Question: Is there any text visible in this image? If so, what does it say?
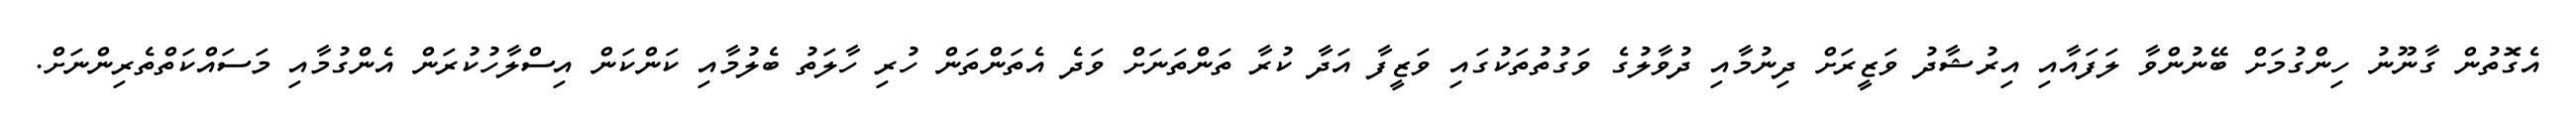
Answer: އެގޮތުން ގާނޫނު ހިންގުމަށް ބޭނުންވާ ލަފައާއި އިރުޝާދު ވަޒީރަށް ދިނުމާއި ދުވާލުގެ ވަގުތުތަކުގައި ވަޒީފާ އަދާ ކުރާ ތަންތަނަށް ވަދެ އެތަންތަން ހުރި ހާލަތު ބެލުމާއި ކަންކަން އިސްލާހުކުރަން އެންގުމާއި މަސައްކަތްތެރިންނަށް.